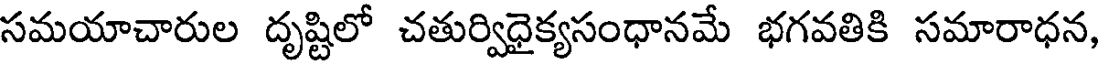
సమయాచారుల దృష్టిలో చతుర్విధైక్యసంధానమే భగవతికి సమారాధన,